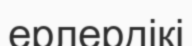
ерлердікі